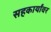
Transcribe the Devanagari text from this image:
सहकार्यांवर